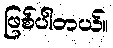
ဖြစ်ပါတယ်။